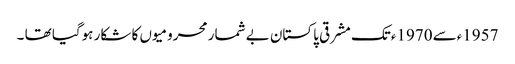
1957ءسے 1970ءتک مشرقی پاکستان بے شمار محرومیوں کا شکار ہوگیا تھا ۔